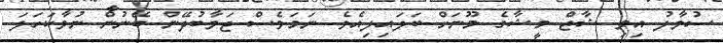
ސުވާލު އިވި ޝާޒް މީޝާގެ މޫނަށް ބަލައިލިއެވެ. ނަމަވެސް ޖަވާބުދޭން ބޭނުން ނުވާކަހަލަ